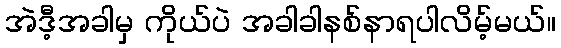
အဲဒီ့အခါမှ ကိုယ်ပဲ အခါခါနစ်နာရပါလိမ့်မယ်။